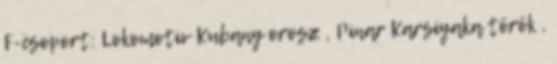
F-csoport: Lokomotiv Kubany orosz , Pinar Karsiyaka török ,